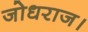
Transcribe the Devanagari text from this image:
जोधराज।